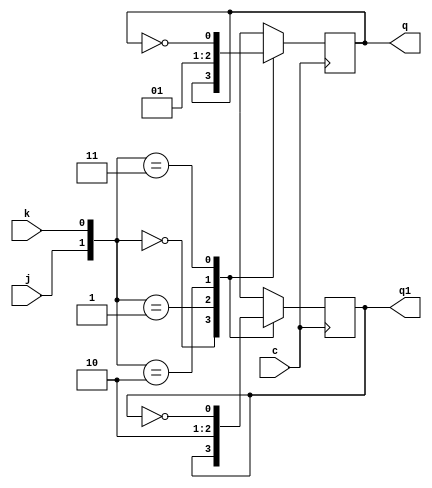
// Exercicio 002  Contador Assincrono Crescente
// Nome: tila Martins Silva Jnior

module jkff(q,q1,j,k,c);
output q,q1;
input j,k,c;
reg q,q1;
initial begin q=1'b0; q1=1'b1; end
always @ (posedge c)
  begin
	case({j,k})
		 {1'b0,1'b0}:begin q=q; q1=q1; end
		 {1'b0,1'b1}: begin q=1'b0; q1=1'b1; end
		 {1'b1,1'b0}:begin q=1'b1; q1=1'b0; end
		 {1'b1,1'b1}: begin q=~q; q1=~q1; end
	endcase
   end
endmodule

module contAssincCresc(output[4:0] s, input pulse, input um);
	wire qn1, qn2, qn3, qn4;
	jkff JK04(qn4,s[0],um, um, pulse);
	jkff JK03(qn3,s[1],um, um, qn4);
	jkff JK02(qn2,s[2],um, um, qn3);
	jkff JK01(qn1,s[3],um, um, qn2);
	jkff JK00(,s[4],um, um, qn1);
endmodule

module testContAssincCresc;
	reg pulse;
	reg um; 
	wire[4:0] s;
	
	contAssincCresc CAC(s, pulse, um);
	
	initial begin
		$display("Exercicio02 - tila Martins Silva Jnior - 449014");
		
		um = 0;
		pulse = 0;
		 
		$monitor("saida => bin: %b\tDec:%d",s,s);
		
		#4 um = 1;
		#4pulse = 1;
		#4pulse = 0;	
		#4pulse = 1;
		#4pulse = 0;	
		#4pulse = 1;
		#4pulse = 0;
		#4pulse = 1;
		#4pulse = 0;
		#4pulse = 1;
		#4pulse = 0;
		#4pulse = 1;
		#4pulse = 0;
		#4pulse = 1;
		#4pulse = 1;
		#4pulse = 0;
		#4pulse = 0;
		
	end
endmodule